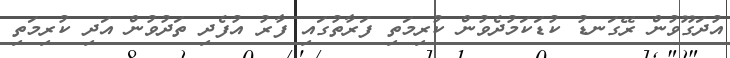
އުދަގޫވުން ރޭގަނޑު ކުޑަކަމުދެވުން ކުރިމަތި ފަރާތުގައި ފާރު އުފެދި ތަދުވުން އަދި ކުރިމަތި